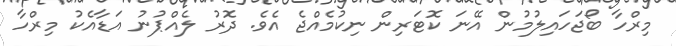
މިރްހާ ބޯޖަހައިލުމުން އޭނަ ކޮޓަރިން ނިކުމެއްޖެ އެވެ. ދޮރު ލެއްޕުނު އަޑާއެކު މިރްހާ